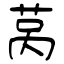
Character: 莴